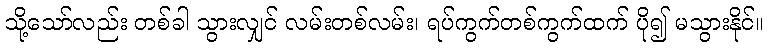
သို့သော်လည်း တစ်ခါ သွားလျှင် လမ်းတစ်လမ်း၊ ရပ်ကွက်တစ်ကွက်ထက် ပို၍ မသွားနိုင်။